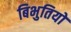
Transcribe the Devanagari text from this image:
बिभुतियों